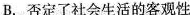
B. 否定了社会生活的客观性